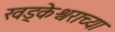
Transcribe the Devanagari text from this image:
खड्केश्वराच्या